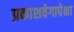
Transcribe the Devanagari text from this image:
प्रकाशवेगापेक्षा